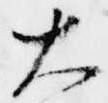
大